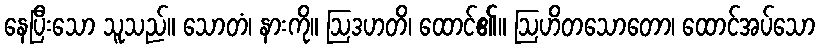
နေပြီးသော သူသည်။ သောတံ၊ နားကို။ ဩဒဟတိ၊ ထောင်၏။ ဩဟိတသောတော၊ ထောင်အပ်သော